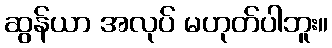
ဆွန်ယာ အလုပ် မဟုတ်ပါဘူး။